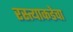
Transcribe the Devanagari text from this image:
रस्त्याकडेचा